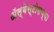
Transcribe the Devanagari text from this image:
ॲस्बेस्टोसच्या